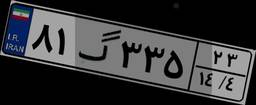
۳۸گ۰۹۴۵۸